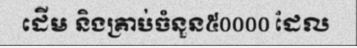
ដើម និងគ្រាប់ចំនួន៥០០០០ ដែល